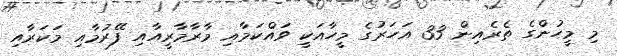
މި މީހުންގެ ތެރެއިން 33 އަހަރުގެ މީހާއަކީ ވައްކަމާއި މާރާމާރީއާއި ފޭރުމާއި މަކަރާއި